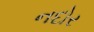
નદોર